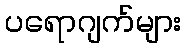
ပရောဂျက်များ